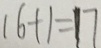
1 6 + 1 = 1 7